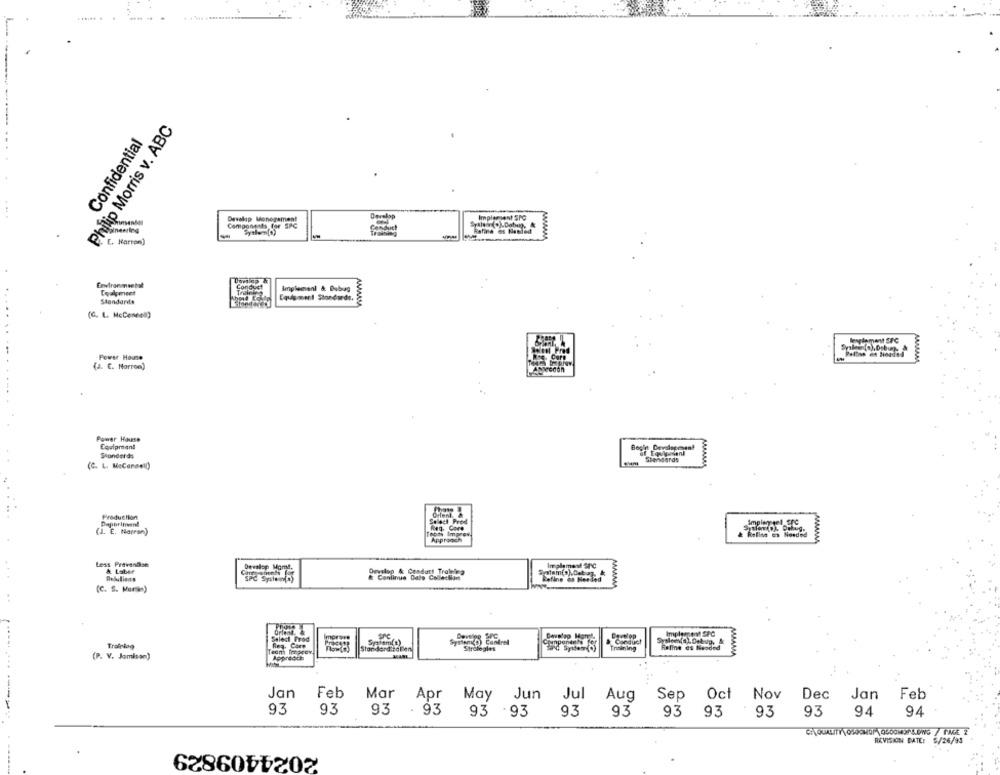
Philip Morris v. ABC
Confidential
Develap Monogament
Implement SPO
Components for SPC
-
Refina os Nesled
E. Marron)
Environmental
Conous
Implement & Bubag
Cealpmeet
Standards
Equipment Standards.
(G. L. McConnell)
Power House
Palline en Headed
(J. C. Norran)
Power House
Shonderds
(C. L. MeCandell)
Production
Paperimani
(J. E. Norran)
Roline es Needed
Less Prevendise
Devales Moms,
Implement SPC
& Laber
Desslag & Candutt Tralies
& Conilmus Dalo Collection
Refine on Needed
(C. S. Marsin)
MAMMA
Cavelep Mart,
Implement SPC
Select Prod
Spatem(!)
SPC
System(?) Contrel
Conduct
Req. Corp
Strategies
Training
Feline es Neaded
(P. V. Jamison)
Appreoch
Jan
Feb
Mar
Apr
May
May Jun Jul Aug
Sep Oct Nov
Dec Jan
Feb
93
93
93
. 93
93 .93
93 93
93
93
93
93
94
94
REVISION DATE: 5/26/93
2024409829